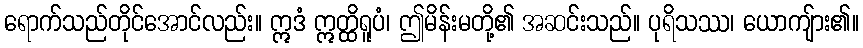
ရောက်သည်တိုင်အောင်လည်း။ ဣဒံ ဣတ္ထိရူပံ၊ ဤမိန်းမတို့၏ အဆင်းသည်။ ပုရိသဿ၊ ယောကျ်ား၏။